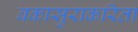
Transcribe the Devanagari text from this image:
बकासुराकरिता